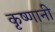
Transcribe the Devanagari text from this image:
कृष्णानी